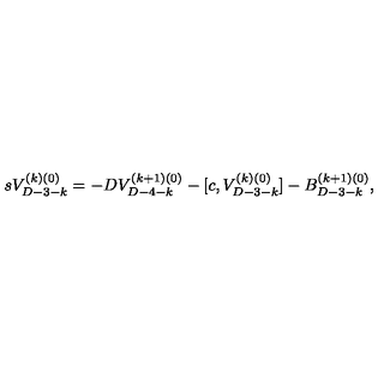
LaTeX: s V _ { D - 3 - k } ^ { ( k ) ( 0 ) } = - D V _ { D - 4 - k } ^ { ( k + 1 ) ( 0 ) } - [ c , V _ { D - 3 - k } ^ { ( k ) ( 0 ) } ] - B _ { D - 3 - k } ^ { ( k + 1 ) ( 0 ) } ,